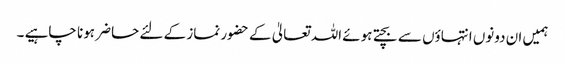
ہمیں ان دونوں انتہاؤں سے بچتے ہوئے اللہ تعالیٰ کے حضور نماز کے لئے حاضر ہونا چاہیے ۔